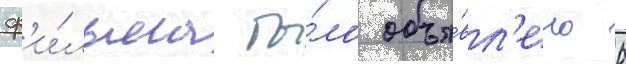
ф'и́льма бы́ло объя́вл'ено 6